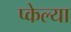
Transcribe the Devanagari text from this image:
प्केल्या